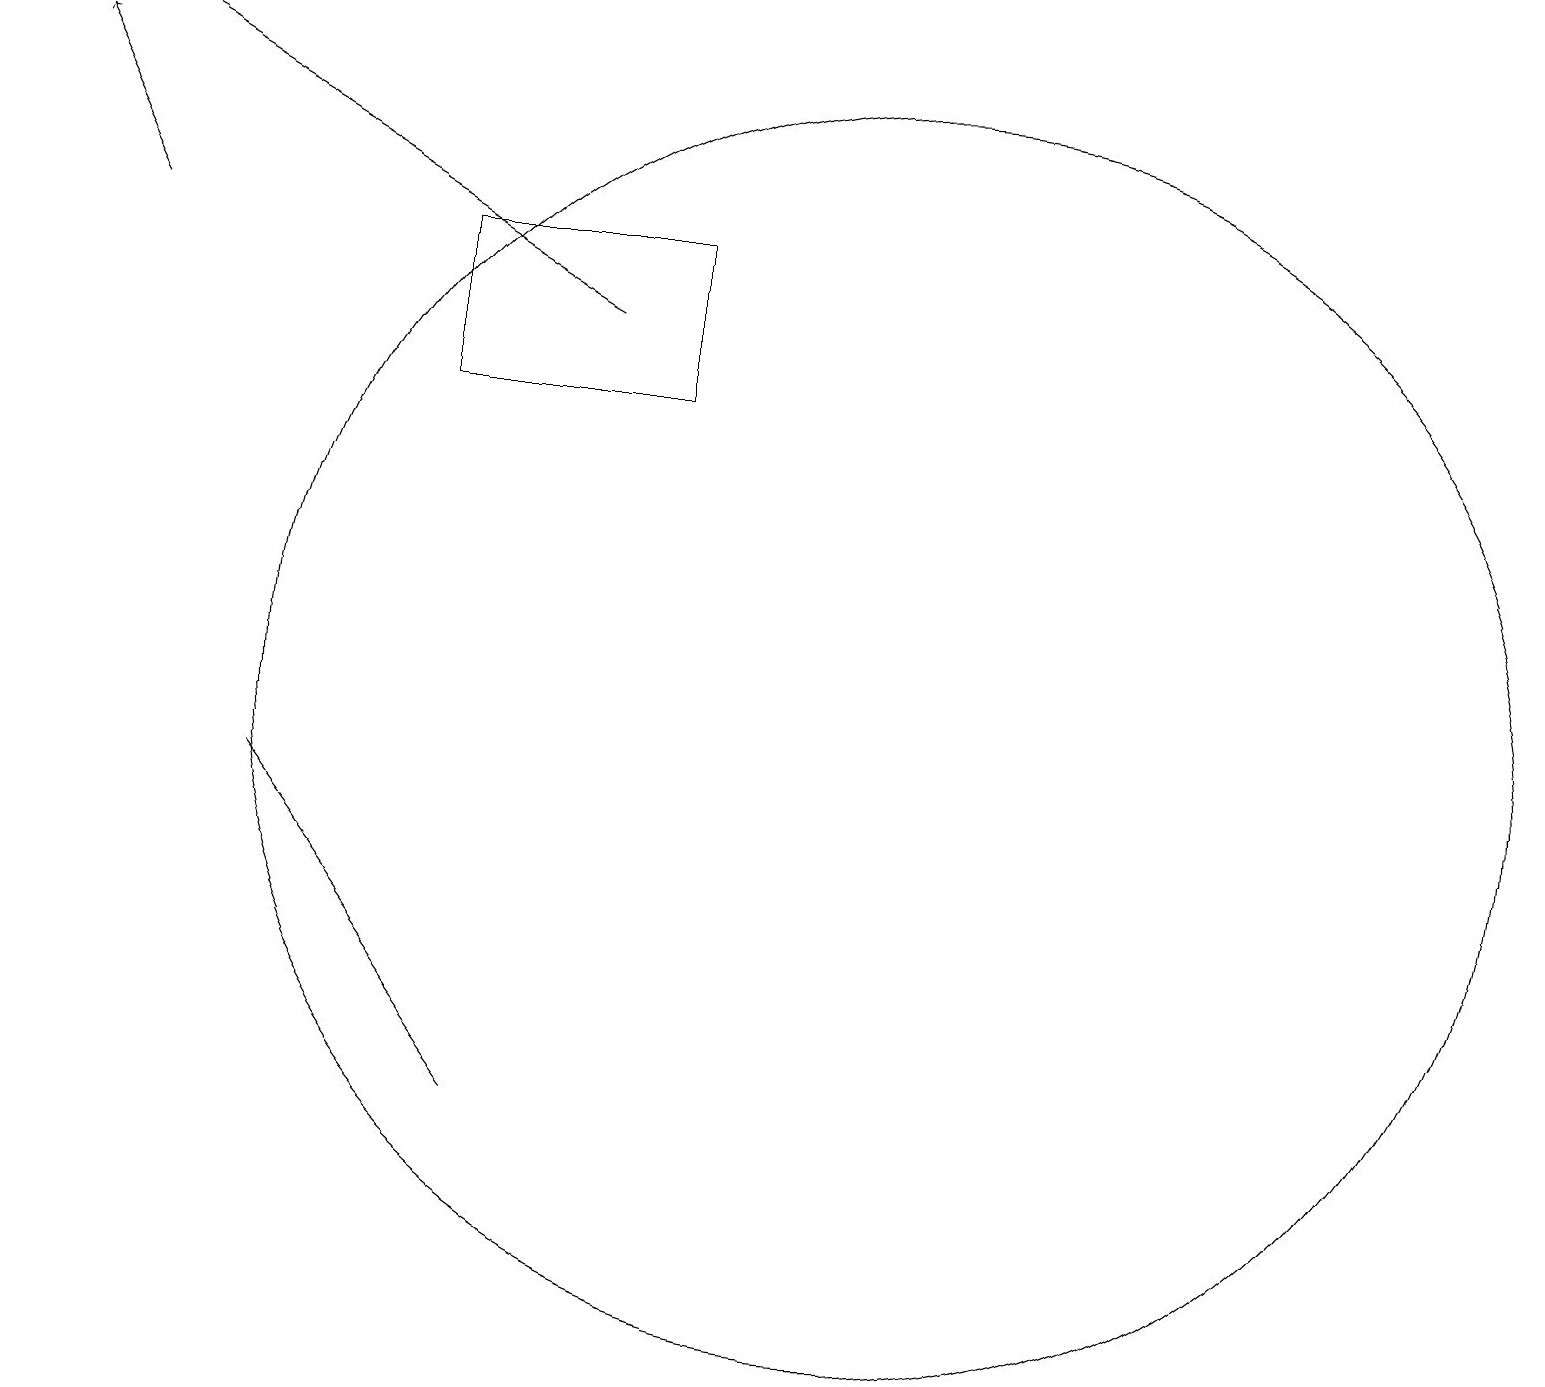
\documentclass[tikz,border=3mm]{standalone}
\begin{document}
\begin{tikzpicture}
\draw (5,14) rectangle (8,16);
\draw (11,10) circle (8);
\draw[->] (7,15) -- (0,19);
\draw (6,5) -- (3,9) -- (3,9) -- cycle;
\draw[->] (1,16) -- (0,18);
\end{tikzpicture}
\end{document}